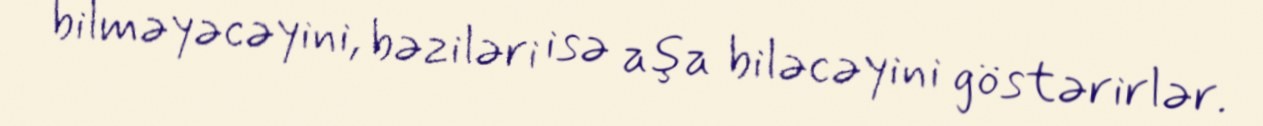
bilməyəcəyini, bəziləri isə aşa biləcəyini göstərirlər.